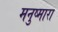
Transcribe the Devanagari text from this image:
मनुष्मारा